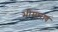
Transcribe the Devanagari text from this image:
भीमाराव